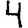
Digit: 4